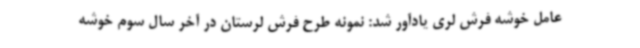
عامل خوشه فرش لری یادآور شد: نمونه طرح فرش لرستان در آخر سال سوم خوشه